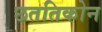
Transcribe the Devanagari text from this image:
छततिकोन